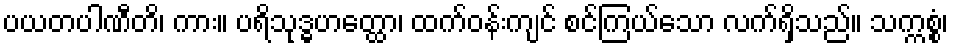
ပယတပါဏီတိ၊ ကား။ ပရိသုဒ္ဓဟတ္ထော၊ ထက်ဝန်းကျင် စင်ကြယ်သော လက်ရှိသည်။ သက္ကစ္စံ၊